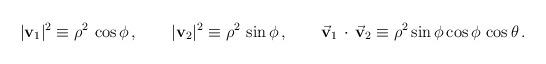
LaTeX: \begin{align*}|\mathbf{v}_1|^2 \equiv \rho^2 \, \cos \phi \,,\qquad |\mathbf{v}_2|^2 \equiv \rho^2 \, \sin \phi \,,\qquad \vec {\mathbf{v}}_1 \, \cdot \,\vec {\mathbf{v}}_2 \equiv \rho^2 \sin \phi \cos \phi \, \cos\theta\,. \end{align*}